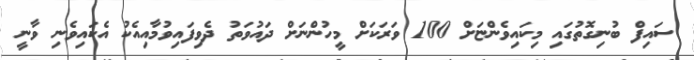
ސައިފް ބުނިގޮތުގައި މިކައިވެންޏަށް 100 ވަރަކަށް މީހުންނަށް ދައުވަތު ދެވިފައިވުމާއިއެކު އެކައިވެނި ވާނީ